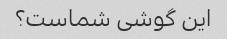
این گوشی شماست؟